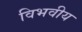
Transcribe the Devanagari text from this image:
विभवीय